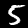
Label: 5